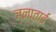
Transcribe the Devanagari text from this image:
जनाताई